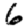
Digit: 6